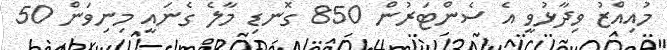
މުއިއްޒު ވިދާޅުވީ އެ ސެންޓަރުން 850 ގޮނޑި މާލެ ގެނައީ މިނިވަން 50